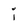
Character: i